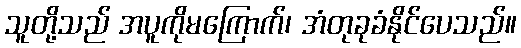
သူတို့သည် အပူကိုမကြောက်၊ အံတုခုခံနိုင်ပေသည်။